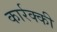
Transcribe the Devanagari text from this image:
कार्रक्की